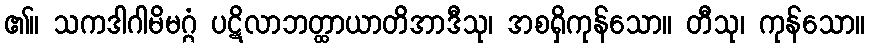
၏။ သကဒါဂါမိမဂ္ဂံ ပဋိလာဘတ္ထာယာတိအာဒီသု၊ အစရှိကုန်သော။ တီသု၊ ကုန်သော။